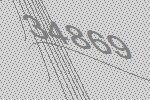
34869